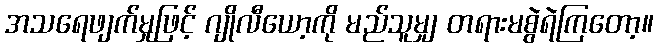
အသရေဖျက်မှုဖြင့် ဂျိုလီယော့ကို မည်သူမျှ တရားမစွဲရဲကြတော့။